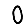
Digit: 0